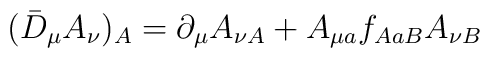
(\bar{D}_\mu A_\nu)_A=\partial_\mu A_{\nu A}+A_{\mu a}f_{AaB}A_{\nu B}